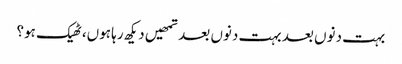
بہت دنوں بعد بہت دنوں بعد تمھیں دیکھ رہا ہوں،ٹھیک ہو؟